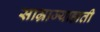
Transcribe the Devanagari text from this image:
साम्राज्याहाती